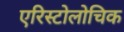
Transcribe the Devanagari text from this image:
एरिस्टोलोचिक